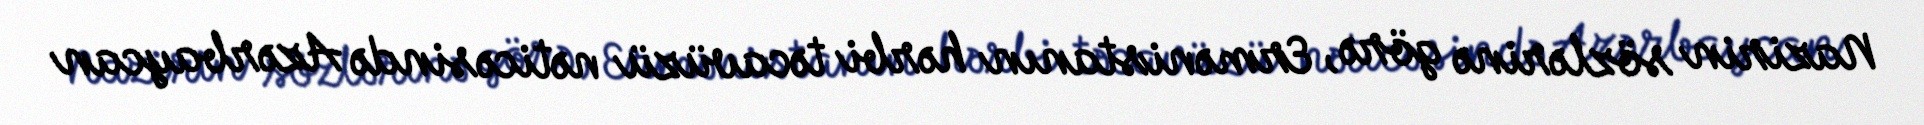
Nazirin sözlərinə görə, Ermənistanın hərbi təcavüzü nəticəsində Azərbaycan